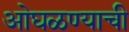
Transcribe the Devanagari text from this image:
ओघळण्याची